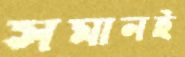
সমানই